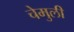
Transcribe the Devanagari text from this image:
चेमुली